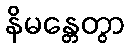
နိမန္တေတွာ